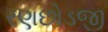
રણછોડજી